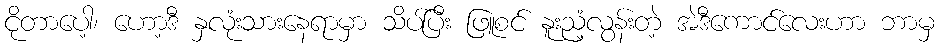
ငိုတာပေါ့၊ ဟော့ဒီ နှလုံးသားနေရာမှာ သိပ်ပြီး ဖြူစင် နူးညံ့လွန်းတဲ့ အဲဒီကောင်လေးဟာ ဘာမှ